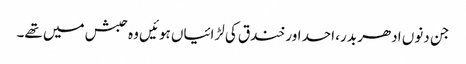
جن دنوں ادھر بدر، احد اور خندق کی لڑائیاں ہوئیں وہ حبش میں تھے۔